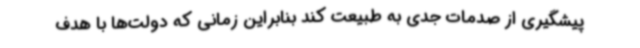
پیشگیری از صدمات جدی به طبیعت کند بنابراین زمانی که دولت‌ها با هدف